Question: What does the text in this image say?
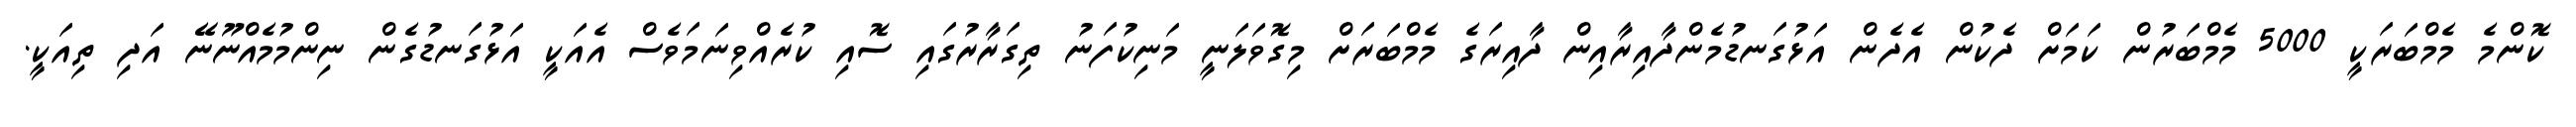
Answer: ކޮންމެ މެމްބަރަކީ 5000 މެމްބަރުން ކަމަށް ދެކުން އެދެން އަޅުގަނޑުމެންދާއިރާއިން ދާއިރަގެ މެމްބަރަށް މިގޮވަލަނީ މަނިކުފަނު ތިގަރާރުގައި ސޮއި ކުރެއްވިނަމަވެސް އެއަކީ އަޅުގަނޑުގެން ނިންމުމެއްނޫނޭ އަދި ތިއަކީ.